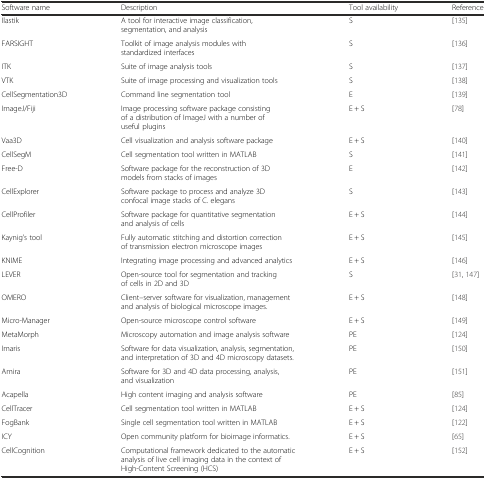
<table><thead><tr><td><b>Software name</b></td><td><b>Description</b></td><td><b>Tool availability</b></td><td><b>Reference</b></td></tr></thead><tbody><tr><td>Ilastik</td><td>A tool for interactive image classification, segmentation, and analysis</td><td>S</td><td>[135]</td></tr><tr><td>FARSIGHT</td><td>Toolkit of image analysis modules with standardized interfaces</td><td>S</td><td>[136]</td></tr><tr><td>ITK</td><td>Suite of image analysis tools</td><td>S</td><td>[137]</td></tr><tr><td>VTK</td><td>Suite of image processing and visualization tools</td><td>S</td><td>[138]</td></tr><tr><td>CellSegmentation3D</td><td>Command line segmentation tool</td><td>E</td><td>[139]</td></tr><tr><td>ImageJ/Fiji</td><td>Image processing software package consisting of a distribution of ImageJ with a number of useful plugins</td><td>E + S</td><td>[78]</td></tr><tr><td>Vaa3D</td><td>Cell visualization and analysis software package</td><td>E + S</td><td>[140]</td></tr><tr><td>CellSegM</td><td>Cell segmentation tool written in MATLAB</td><td>S</td><td>[141]</td></tr><tr><td>Free-D</td><td>Software package for the reconstruction of 3D models from stacks of images</td><td>E</td><td>[142]</td></tr><tr><td>CellExplorer</td><td>Software package to process and analyze 3D confocal image stacks of C. elegans</td><td>S</td><td>[143]</td></tr><tr><td>CellProfiler</td><td>Software package for quantitative segmentation and analysis of cells</td><td>E + S</td><td>[144]</td></tr><tr><td>Kaynig’s tool</td><td>Fully automatic stitching and distortion correction of transmission electron microscope images</td><td>E + S</td><td>[145]</td></tr><tr><td>KNIME</td><td>Integrating image processing and advanced analytics</td><td>E + S</td><td>[146]</td></tr><tr><td>LEVER</td><td>Open-source tool for segmentation and tracking of cells in 2D and 3D</td><td>S</td><td>[31, 147]</td></tr><tr><td>OMERO</td><td>Client–server software for visualization, management and analysis of biological microscope images.</td><td>E + S</td><td>[148]</td></tr><tr><td>Micro-Manager</td><td>Open-source microscope control software</td><td>E + S</td><td>[149]</td></tr><tr><td>MetaMorph</td><td>Microscopy automation and image analysis software</td><td>PE</td><td>[124]</td></tr><tr><td>Imaris</td><td>Software for data visualization, analysis, segmentation, and interpretation of 3D and 4D microscopy datasets.</td><td>PE</td><td>[150]</td></tr><tr><td>Amira</td><td>Software for 3D and 4D data processing, analysis, and visualization</td><td>PE</td><td>[151]</td></tr><tr><td>Acapella</td><td>High content imaging and analysis software</td><td>PE</td><td>[85]</td></tr><tr><td>CellTracer</td><td>Cell segmentation tool written in MATLAB</td><td>E + S</td><td>[124]</td></tr><tr><td>FogBank</td><td>Single cell segmentation tool written in MATLAB</td><td>E + S</td><td>[122]</td></tr><tr><td>ICY</td><td>Open community platform for bioimage informatics.</td><td>E + S</td><td>[65]</td></tr><tr><td>CellCognition</td><td>Computational framework dedicated to the automatic analysis of live cell imaging data in the context of High-Content Screening (HCS)</td><td>E + S</td><td>[152]</td></tr></tbody></table>